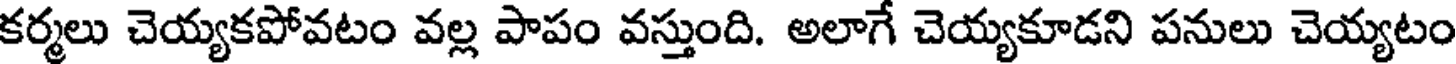
కర్మలు చెయ్యకపోవటం వల్ల పాపం వస్తుంది. అలాగే చెయ్యకూడని పనులు చెయ్యటం